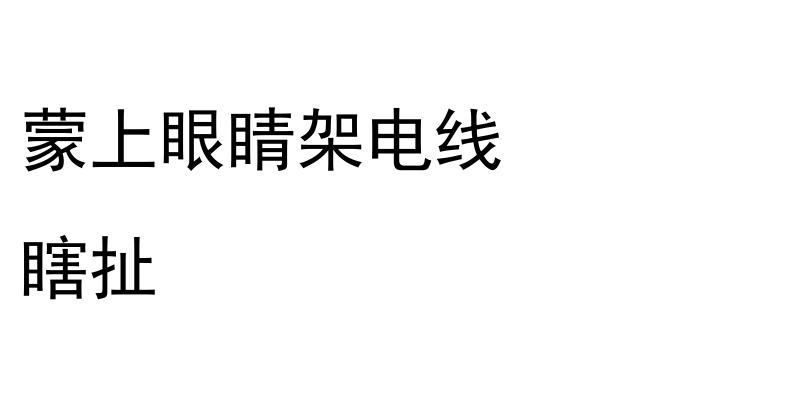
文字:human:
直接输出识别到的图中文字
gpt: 蒙上眼睛架电线 瞎扯